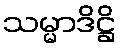
သမ္မာဒိဋ္ဌိ